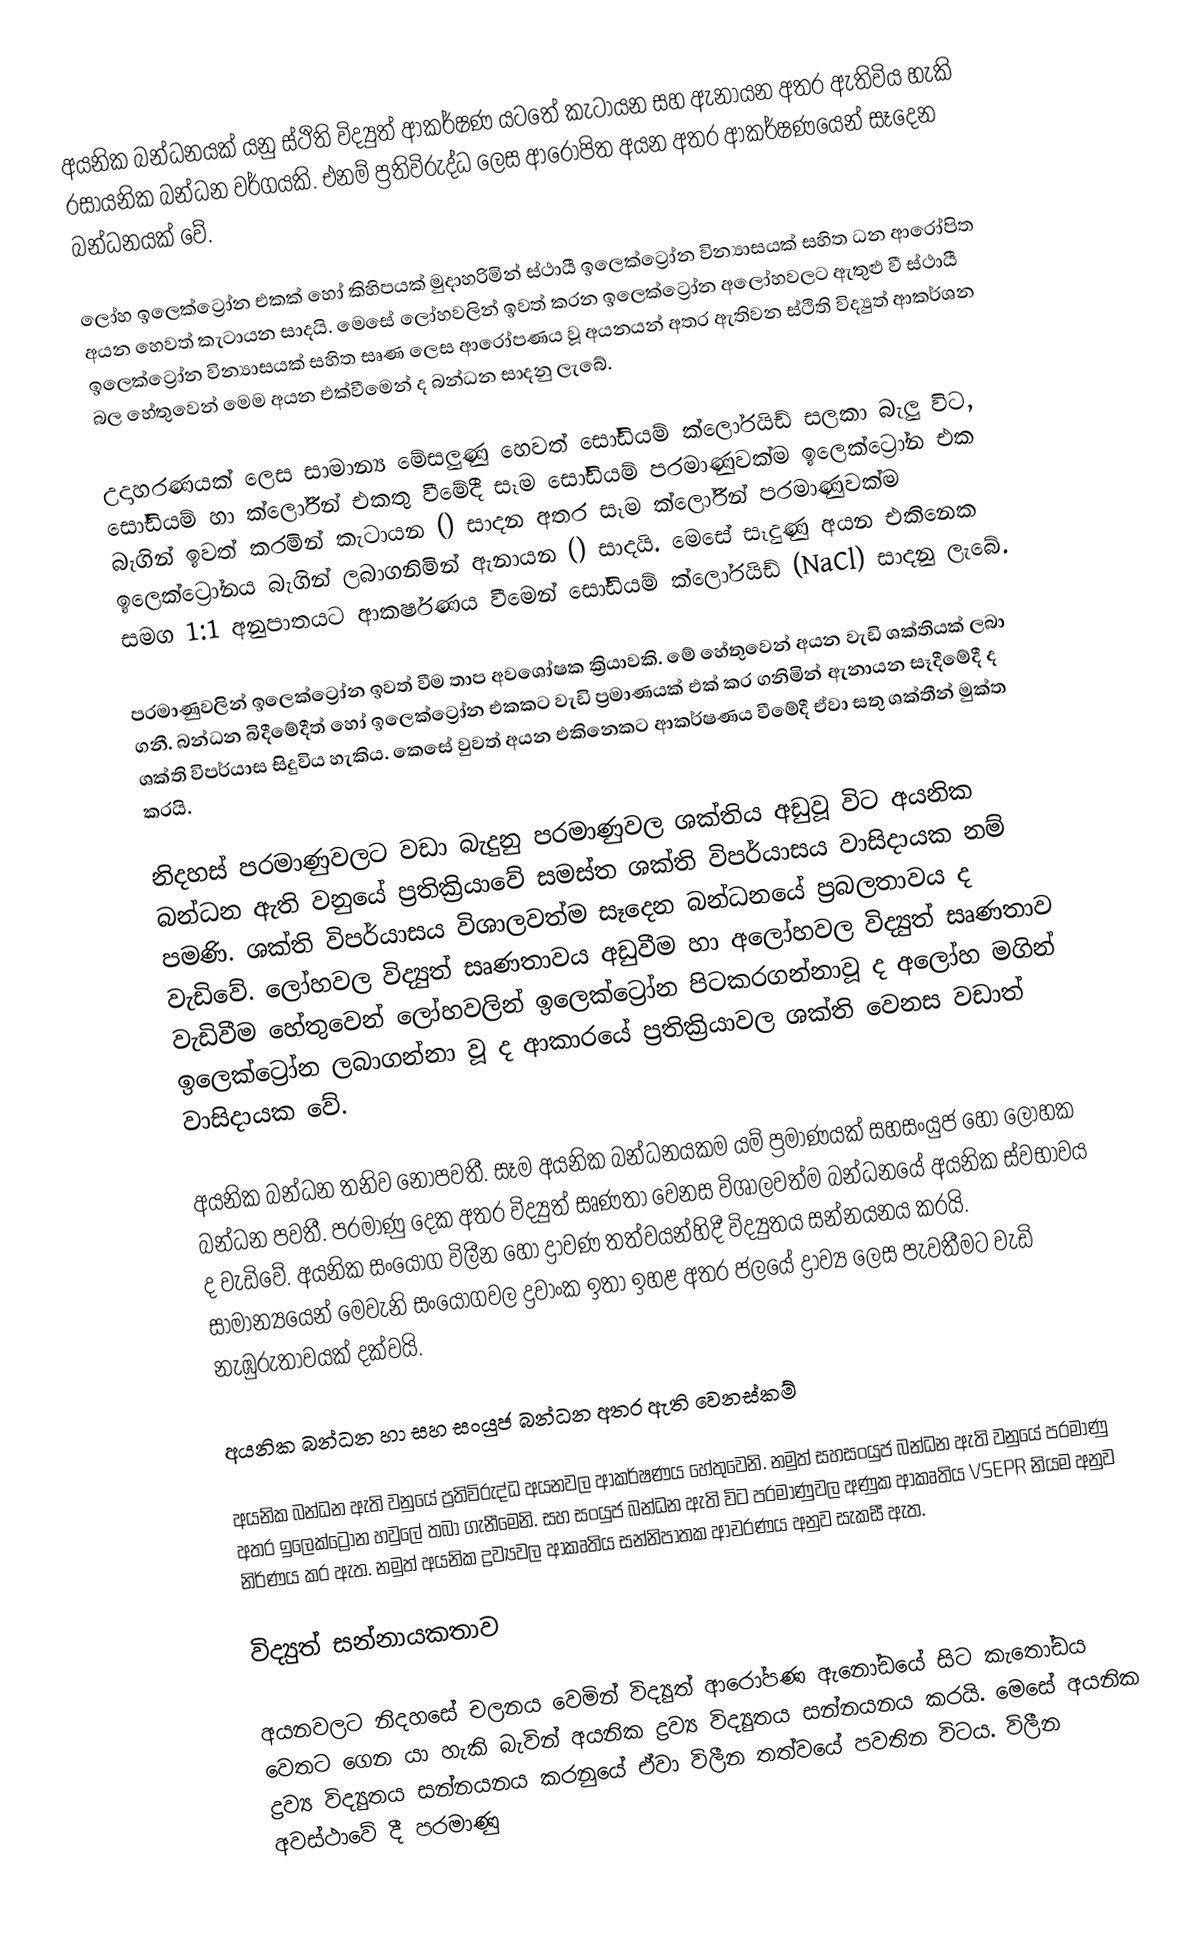
අයනික බන්ධනයක් යනු ස්ථිති විද්‍යුත් ආකර්ෂණ යට‍තේ කැටායන සහ ඇනායන අතර ඇතිවිය හැකි රසායනික බන්ධන වර්ගයකි. එනම් ප්‍රතිවිරුද්ධ ලෙස ආරෝපිත අයන අතර ආකර්ෂණයෙන් සෑදෙන බන්ධනයක් වේ.

ලෝහ ඉලෙක්ට්‍රෝන එකක් හෝ කිහිපයක් මුදාහරිමින් ස්ථායී ඉලෙක්ට්‍රෝන වින්‍යාසයක් සහිත ධන ආරෝපිත අයන හෙවත් කැටායන සාදයි. මෙසේ ලෝහවලින් ඉවත් කරන ඉලෙක්ට්‍රෝන අලෝහවලට ඇතුළු වී ස්ථායී ඉලෙක්ට්‍රෝන වින්‍යාසයක් සහිත සෘණ ලෙස ‍ආරෝපණය වූ අයනයන් අතර ඇතිවන ස්ථිති විද්‍යුත් ආකර්ශන බල හේතුවෙන් මෙම අයන එක්වීමෙන් ද බන්ධන සාදනු ලැබේ.

උදාහරණයක් ලෙස සාමාන්‍ය මේසලුණු හෙවත් සෝඩියම් ක්ලෝරයිඩ් සලකා බැලු විට, සෝඩියම් හා ක්ලෝරීන් එකතු වීමේදී සෑම සෝඩියම් පරමාණුවක්ම ඉලෙක්ට්‍රෝන එක බැගින් ඉවත් කරමින් කැටායන () සාදන අතර සෑම ක්ලෝරීන් පරමාණුවක්ම ඉලෙක්ට්‍රෝනය බැගින් ලබාගනිමින් ඇනායන () සාදයි. මෙසේ සෑදුණු අයන එකිනෙක සමග 1:1 අනුපාතයට ආකර්ෂණය වීමෙන් සෝඩියම් ක්ලෝරයිඩ් (NaCl) සාදනු ලැබේ.

පරමාණුවලින් ඉලෙක්ට්‍රෝන ඉවත් වීම තාප අවශෝෂක ක්‍රියාවකි. මේ හේතුවෙන් අයන වැඩි ශක්තියක් ලබා ගනී. බන්ධන බිදීමේදීත් හෝ ඉලෙක්ට්‍රෝන එකකට වැඩි ප්‍රමාණයක් එක් කර ගනිමින් ඇනායන සෑදීමේදී ද ශක්ති විපර්යාස සිදුවිය හැකිය. කෙසේ වුවත් අයන එකිනෙකට ආකර්ෂණය වීමේදී ඒවා සතු ශක්තීන් මුක්ත කරයි.

නිදහස් පරමාණුවලට වඩා බැදුනු පරමාණුවල ශක්තිය අඩුවූ විට අයනික බන්ධන ඇති වනුයේ ප්‍රතික්‍රියාවේ සමස්ත ශක්ති විපර්යාසය වාසිදායක නම් පමණි. ශක්ති විපර්යාසය විශාලවත්ම සෑදෙන බන්ධනයේ ප්‍රබලතාවය ද වැ‍ඩිවේ. ලෝහවල විද්‍යුත් සෘණතාවය අඩුවීම හා අලෝහවල විද්‍යුත් සෘණතාව වැඩිවීම හේතුවෙන් ලෝහවලින් ඉලෙක්ට්‍රෝන පිටකරගන්නාවූ ද අලෝහ ‍මගින් ඉලෙක්ට්‍රෝන ලබාගන්නා වූ ද ආකාරයේ ප්‍රතික්‍රියාවල ශක්ති වෙනස වඩාත් වාසිදායක වේ.

අයනික බන්ධන තනිව නොපවතී. සෑම අයනික බන්ධනයකම යම් ප්‍රමාණයක් සහසංයුජ හෝ ලෝහක බන්ධන පවතී. පරමාණු දෙක අතර විද්‍යුත් සෘණතා වෙනස විශාලවත්ම බන්ධනයේ අයනික ස්වභාවය ද වැඩිවේ. අයනික සංයෝග විලීන හෝ ද්‍රාවණ තත්වයන්හිදී විද්‍යුතය සන්නයනය කරයි. සාමාන්‍යයෙන් මෙවැනි සංයෝගවල ද්‍රවාංක ඉතා ඉහළ අතර ජලයේ ද්‍රාව්‍ය ලෙස පැවතීමට වැඩි නැඹුරුතාවයක් දක්වයි.

අයනික බන්ධන හා සහ සංයුජ බන්ධන අතර ඇති වෙනස්කම්

අයනික බන්ධන ඇති වනුයේ ප්‍රතිවිරුද්ධ අයනවල ආකර්ෂණය හේතුවෙනි. නමුත් සහසංයුජ බන්ධන ඇති වනුයේ පරමාණු අතර ඉලෙක්ට්‍රෝන හවුලේ තබා ගැනීමෙනි. සහ සංයුජ බන්ධන ඇති විට පරමාණුවල අණුක ආකෘතිය VSEPR නියම අනුව නිර්ණය කර ඇත. නමුත් අයනික ද්‍රව්‍යවල ආකෘතිය සන්නිපාතක ආචරණය අනුව සැකසී ඇත.

විද්‍යුත් සන්නායකතාව

අයනවලට නිදහසේ චලනය වෙමින් විද්‍යුත් ආරෝපණ ඇනෝඩයේ සිට කැතෝඩය වෙතට ගෙන යා හැකි බැවින් අයනික ද්‍රව්‍ය විද්‍යුතය සන්නයනය කරයි. මෙසේ අයනික ද්‍රව්‍ය විද්‍යුතය සන්නයනය කරනුයේ ඒවා විලීන තත්වයේ පවතින විටය. විලීන අවස්ථාවේ දී පරමාණු